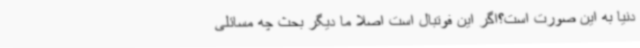
دنیا به این صورت است؟اگر این فوتبال است اصلا ما دیگر بحث چه مسائلی